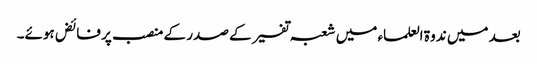
بعد میں ندوۃ العلماء میں شعبہ تفسیر کے صدر کے منصب پر فائض ہوئے۔